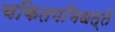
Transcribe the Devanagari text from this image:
चकितमभिधत्ते